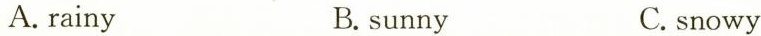
A. rainy B. sunny C. snowy